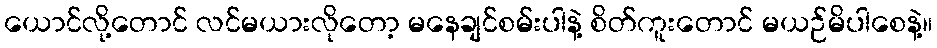
ယောင်လို့တောင် လင်မယားလိုတော့ မနေချင်စမ်းပါနဲ့ စိတ်ကူးတောင် မယဉ်မိပါစေနဲ့။